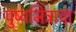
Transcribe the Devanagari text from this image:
पुष्यमित्राचा